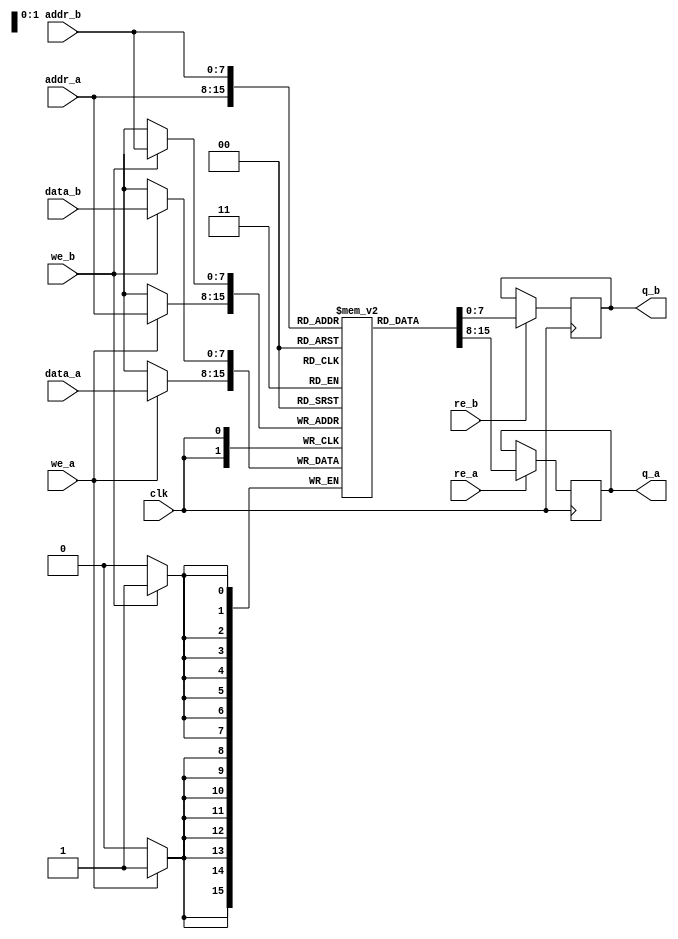
module dual_port_sram #(
    parameter ADDR_WIDTH = 8, // Address width
    parameter DATA_WIDTH = 8, // Data width
    parameter DEPTH = 1 << ADDR_WIDTH // Memory depth
)(
    input wire clk, // Clock signal
    // Port A signals
    input wire [ADDR_WIDTH-1:0] addr_a, // Address for Port A
    input wire [DATA_WIDTH-1:0] data_a, // Data for Port A
    input wire we_a, // Write Enable for Port A
    input wire re_a, // Read Enable for Port A
    output reg [DATA_WIDTH-1:0] q_a, // Output data for Port A

    // Port B signals
    input wire [ADDR_WIDTH-1:0] addr_b, // Address for Port B
    input wire [DATA_WIDTH-1:0] data_b, // Data for Port B
    input wire we_b, // Write Enable for Port B
    input wire re_b, // Read Enable for Port B
    output reg [DATA_WIDTH-1:0] q_b // Output data for Port B
);

    // Memory array declaration
    reg [DATA_WIDTH-1:0] mem [0:DEPTH-1];

    // Port A operations
    always @(posedge clk) begin
        if (we_a) begin
            mem[addr_a] <= data_a; // Write data to memory
        end
        if (re_a) begin
            q_a <= mem[addr_a]; // Read data from memory
        end
    end

    // Port B operations
    always @(posedge clk) begin
        if (we_b) begin
            mem[addr_b] <= data_b; // Write data to memory
        end
        if (re_b) begin
            q_b <= mem[addr_b]; // Read data from memory
        end
    end

endmodule